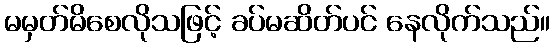
မမှတ်မိစေလိုသဖြင့် ခပ်မဆိတ်ပင် နေလိုက်သည်။